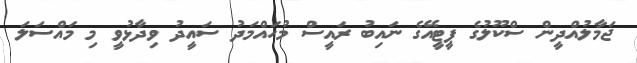
ޖަމާލުއްދީން ސްކޫލުގެ ޕީޓީއޭގެ ނައިބު ރައީސް މުހައްމަދު ސައީދު ވިދާޅުވީ މި މައްސަލަ